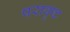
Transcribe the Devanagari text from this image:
परावृष्ट